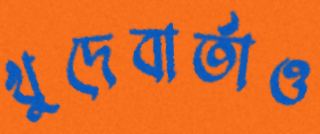
খুদেবার্তাও